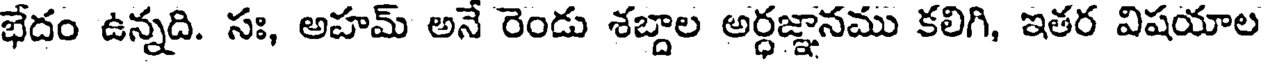
భేదం ఉన్నది. సః, అహమ్ అనే రెండు శబ్దాల అర్ధజ్ఞానము కలిగి, ఇతర విషయాల